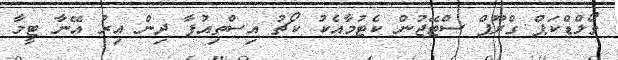
ވޯލްޑްކަޕް ގްރޫޕް ސްޓޭޖުން ކެޓުމާއެކު ކޯޗު އިސްތިއުފާ ދިން އިރު އޭނާ ޓީމާ